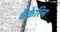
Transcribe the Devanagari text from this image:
बैकेरिन